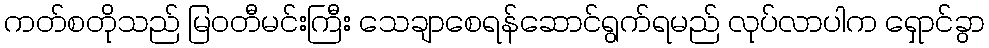
ကတ်စတိုသည် မြဝတီမင်းကြီး သေချာစေရန်ဆောင်ရွက်ရမည် လုပ်လာပါက ရှောင်ခွာ